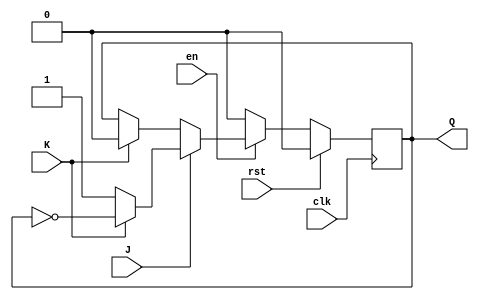
module Ej3(J,K,clk,Q,rst,en);
input wire J;
input wire K;
input wire clk;
input wire rst;
input wire en;
output reg Q;
always @(posedge clk)
begin
  if (rst == 1) begin
    Q <= 0;
  end else if (rst == 0) begin
    if (en == 0) begin
      Q <= 0;
    end else if (en == 1) begin
      if(J == 0)begin
        if (K == 0) begin
          Q<=Q;
        end else if(K == 1)begin
          Q<=0;
        end
      end else if(J == 1)begin
        if(K == 0)begin
          Q<=1;
        end else if(K == 1)begin
          Q<=~Q;
        end
      end        
    end
  end
end
endmodule